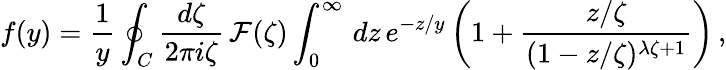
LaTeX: f(y)={\frac{1}{y}}\oint_{C}{\frac{d\zeta}{2\pi i\zeta}}\, {\cal F}(\zeta)\int_{0}^{\infty}\, dz\, e^{-z/y}\left(1+{\frac{z/\zeta}{(1-z/\zeta)^{\lambda\zeta+1}}}\right)\, ,